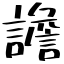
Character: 譫